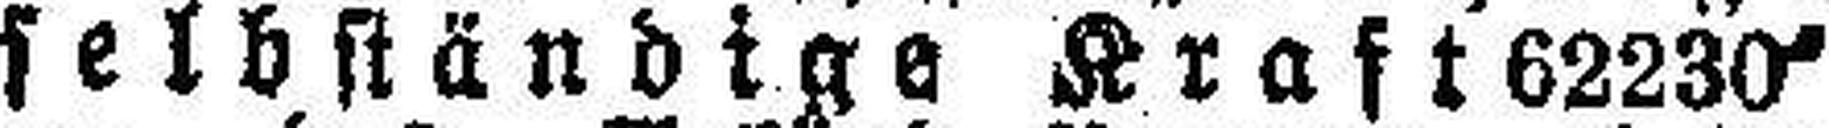
selbständige Kraft 62230“